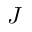
J